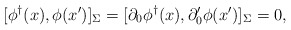
\begin{align*}[\phi^{\dagger}(x),\phi(x')]_{\Sigma}=[\partial_0\phi^{\dagger}(x),\partial'_0\phi(x')]_{\Sigma}=0,\end{align*}